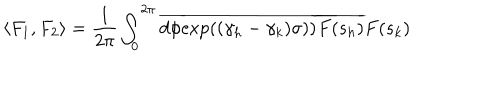
\langle F _ { 1 } , F _ { 2 } \rangle = \frac { 1 } { 2 \pi } \int _ { 0 } ^ { 2 \pi } d \phi \overline { { { \exp ( ( \gamma _ { h } - \gamma _ { k } ) \sigma ) ) } } } \overline { { { F ( s _ { h } ) } } } F ( s _ { k } )